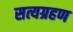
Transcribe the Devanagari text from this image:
सत्यग्रहण